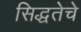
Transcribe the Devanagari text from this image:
सिद्धतेचे